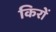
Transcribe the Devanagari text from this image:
किरों